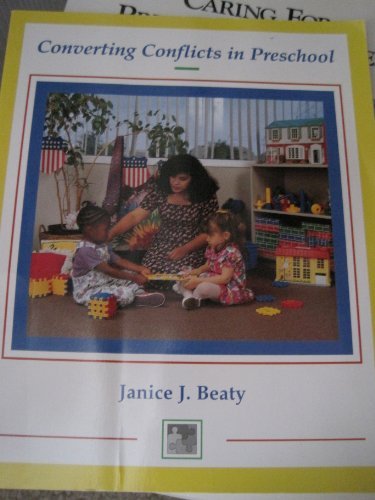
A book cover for Converting Conflict in Preschool; Janice J. Beaty; Test Preparation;